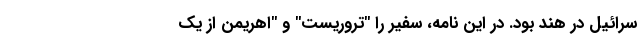
سرائیل در هند بود. در این نامه، سفیر را "تروریست" و "اهریمن از یک